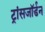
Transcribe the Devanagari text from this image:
ट्रांसजॉर्डन